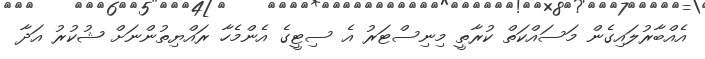
އެއްބާރުލައިގެން މަސައްކަތް ކުރާތީ މިނިސްޓަރު އެ ސިޓީގެ އެންމެހާ ރައްޔިތުންނަށް ޝުކުރު އަދާ